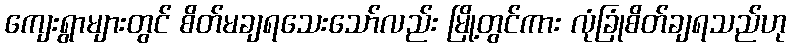
ကျေးရွာများတွင် စိတ်မချရသေးသော်လည်း မြို့တွင်ကား လုံခြုံစိတ်ချရသည်ဟု